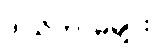
ဒါယိကာမများ